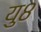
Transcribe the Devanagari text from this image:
यु८